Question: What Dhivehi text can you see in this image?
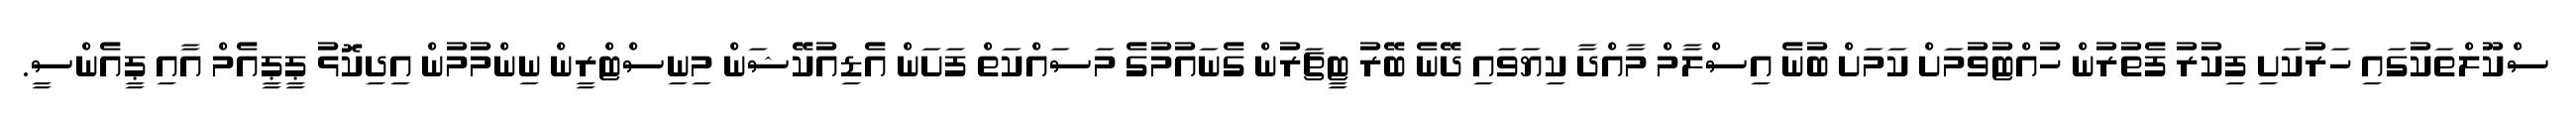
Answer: ސްކޫލްތަކުގައި ހަރުކަށި ފިކުރު ފެތުރުން ހުއްޓުވުމަށް ކަމަށް ބުނެ އިސްލާމް މާއްދާ ކިޔަވައި ދޭނެ ބޭރު ޓީޗަރުން ގެނައުމުގެ މަސައްކަތް ފަށަން އެޑިއުކޭޝަން މިނިސްޓްރީން ނިންމުމުން އިދިކޮޅު ޕީޕީއެމް އާއި ޕީއެންސީ.